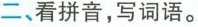
二、看拼音，写词语。